Civil Veterinary Dept. North-West Frontier Province 1901-22 - 1901-1922
Year: 1901
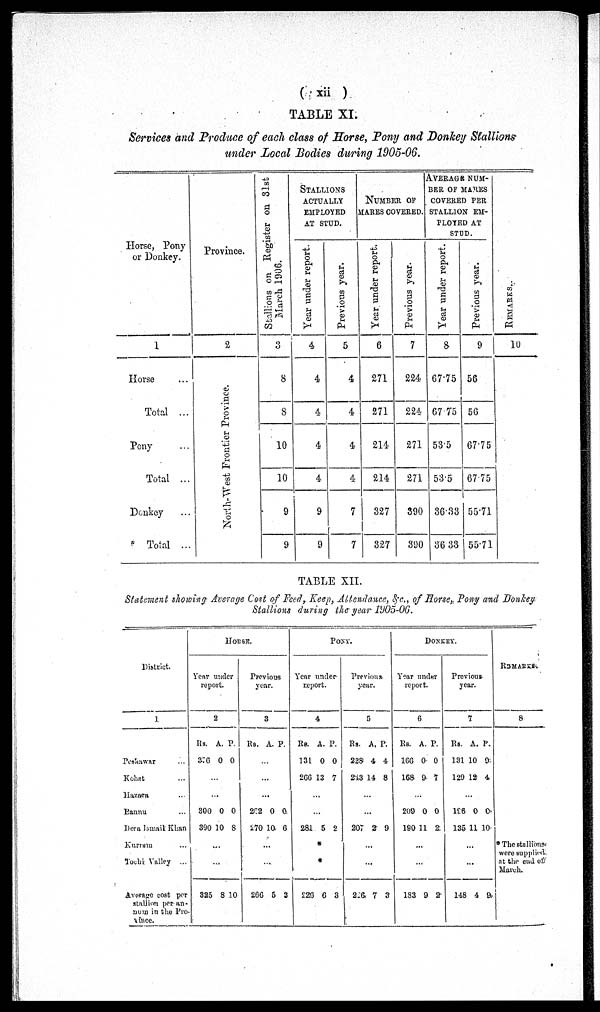
( xii )
TABLE XI.
Services and Produce of each class of Horse, Pony and Donkey Stallions
under Local Bodies during 1905-06.
Horse, Pony
or Donkey.
1
Horse ...
Total ...
Pony
Total ...
Donkey ...
Total ...
Province.
2
North-West Frontier Province.
Stallions on Register on 31st
March 1906.
3
8
8
10
10
9
9
STALLIONS
ACTUALLY
EMPLOYED
AT STUD.
Year under report.
4
4
4
4
4
9
9
Previous year.
5
4
4
4
4
7
7
NUMBER OF
MARES COVERED.
Year under report.
6
271
271
214
214
327
327
Previous year.
7
224
224
271
271
390
390
AVERAGE NUM-
BER OF MARES
COVERED PER
STALLION EM-
PLOYED AT
STUD.
Year under report.
8
67.75
67.75
535
53.5
36.33
36 33
Previous year.
9
56
56
67.75
6775
55.71
55.71
REMARKS .
10
TABLE XII.
Statement showing Average Cost of Feed, Keep, Attendance, &c., of Horse, Pony and Donkey
Stallions during the year 1905-06.
District.
1
Peshawar ...
Kohat ...
Hazara ...
Bannu ...
Dera Ismail Khan
Kurram ...
Tochi Valley ...
Average cost per
stallion per an-
num in the Pro-
vince.
HORSE.
Year under
report.
2
Rs.
376
300
390
325
A.
0
...
...
0
10
...
8
P.
0
0
8
10
Previous
year.
3
Rs.
202
270
...
266
A.
...
...
0
10
...
5
P.
0
6
3
PONY.
Year under
report.
4
Rs.
131
266
281
220
A.
0
13
...
...
5
*
*
6
P.
0
7
2
3
Previous
year.
5
Rs.
228
213
207
226
A.
4
14
...
2
...
...
7
P.
4
8
9
3
DONKEY.
Year under
report.
6
Rs.
166
168
209
190
133
A.
0
9
0
11
...
...
9
P.
0
7
0
2.
2
Previous
year.
7
Rs.
131
129
196
135
...
...
148
A.
10
12
...
0
11
4
P.
9
4
10
10
9
REMARKS.
8
* The stallions
were supplied
at the end of
March.